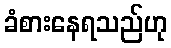
ခံစားနေရသည်ဟု